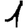
Digit: 1